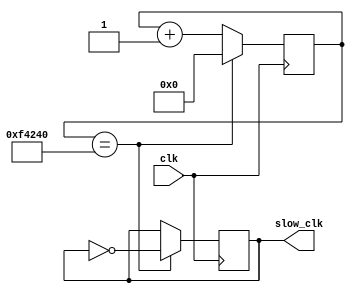
module slower_clk (
                    input      clk,
                    output reg slow_clk
                   );

   parameter SLOW_RATE = 1_000_000,
             COUNTER_SIZE = $clog2(SLOW_RATE) - 1;

   reg [COUNTER_SIZE:0] counter;

   initial slow_clk = 1'b0;   
   
   always @(posedge clk)
     if (counter == SLOW_RATE) begin
        counter <= 0;
        slow_clk <= ~slow_clk;        
     end else
       counter <= counter + 1;   

endmodule // slower_clk